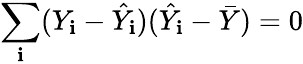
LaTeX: \sum_{\mathbf{i}}(Y_{\mathbf{i}}-{\hat{{Y}}}_{\mathbf{i}})({\hat{{Y}}}_{\mathbf{i}}-{\bar{{Y}}})=0